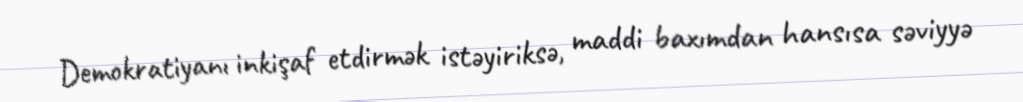
Demokratiyanı inkişaf etdirmək istəyiriksə, maddi baxımdan hansısa səviyyə